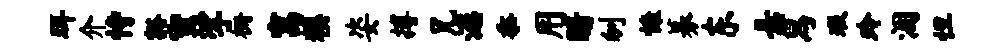
珥介恃豁蜜挲栅寓糗姿搏兄漶忝用暗刎慷募东悬舄瑕玲涸怛